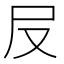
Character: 㞋